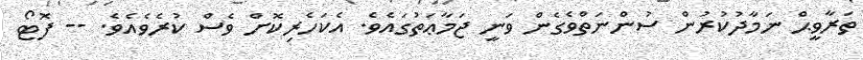
ތަރާވީޙް ނަމާދުކުރުން ސުންނަތްވެގެން ވަނީ ޖަމާޢަތުގައެވެ. އެކަހެރިކޮށް ވެސް ކުރެވެއެވެ. -- ފޮޓޯ